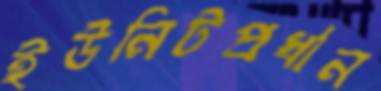
ইউনিটপ্রধান